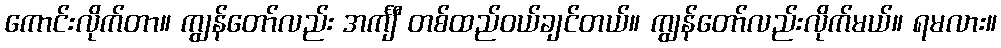
ကောင်းလိုက်တာ။ ကျွန်တော်လည်း အင်္ကျီ တစ်ထည်ဝယ်ချင်တယ်။ ကျွန်တော်လည်းလိုက်မယ်။ ရမလား။